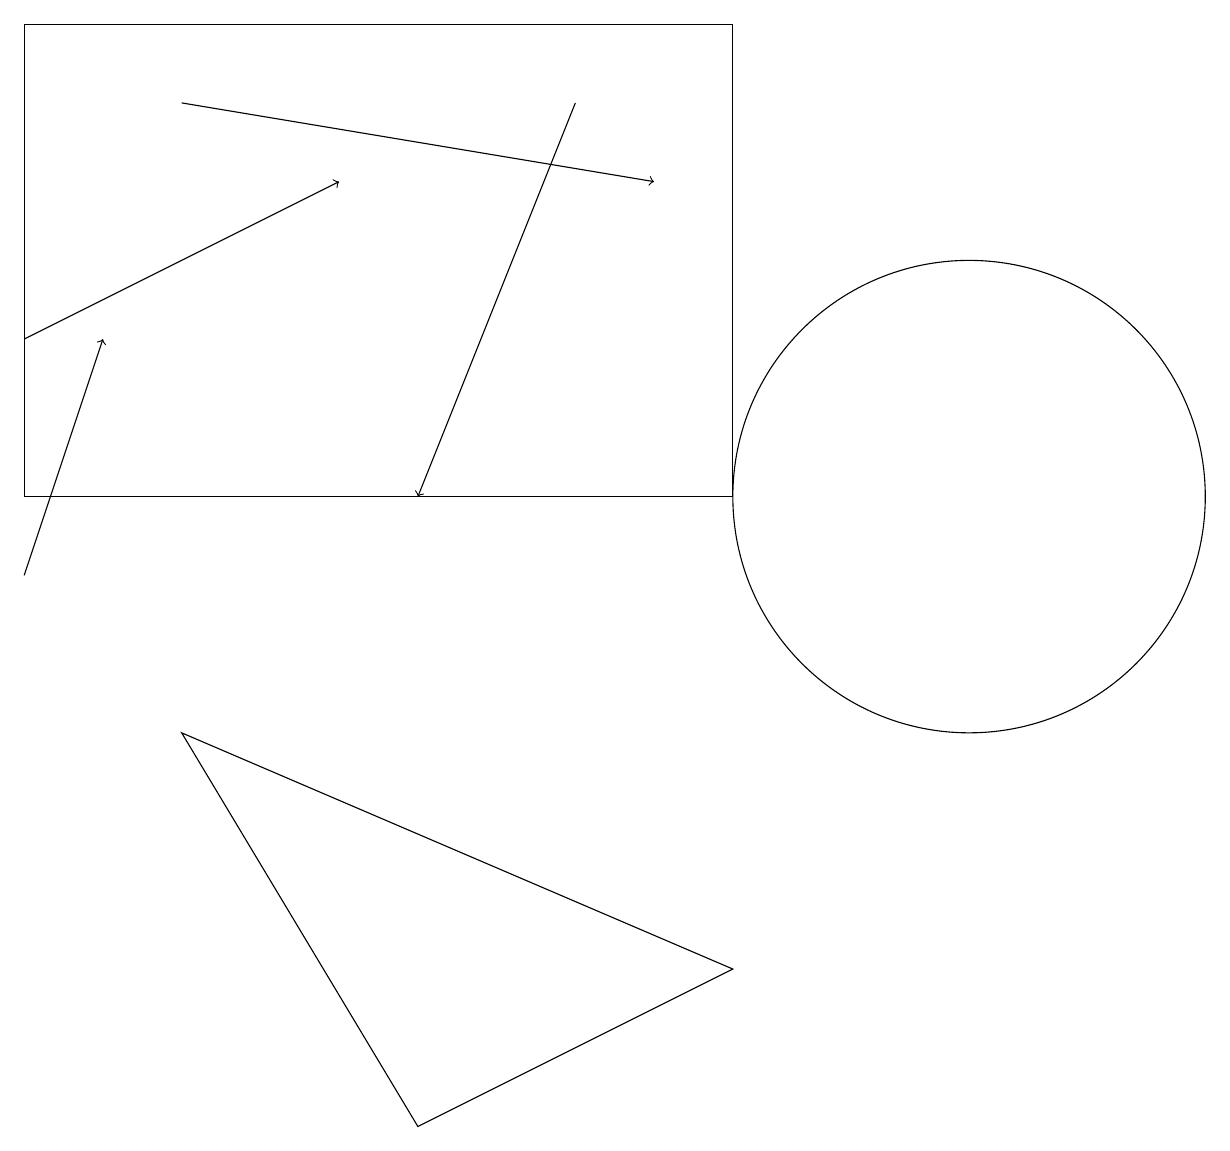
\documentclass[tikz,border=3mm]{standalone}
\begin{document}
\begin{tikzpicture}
\draw (0,11) rectangle (9,17);
\draw[->] (0,10) -- (1,13);
\draw[->] (7,16) -- (5,11);
\draw (2,8) -- (5,3) -- (9,5) -- cycle;
\draw (12,11) circle (3);
\draw[->] (0,13) -- (4,15);
\draw[->] (2,16) -- (8,15);
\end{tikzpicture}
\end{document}